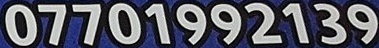
0701992139